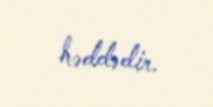
həddədir.